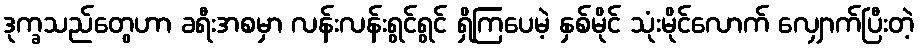
ဒုက္ခသည်တွေဟာ ခရီးအစမှာ လန်းလန်းရွင်ရွင် ရှိကြပေမဲ့ နှစ်မိုင် သုံးမိုင်လောက် လျှောက်ပြီးတဲ့